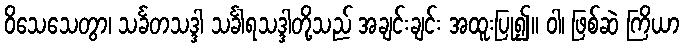
ဝိသေသေတွာ၊ သင်္ခတသဒ္ဒါ သင်္ခါရသဒ္ဒါတို့သည် အချင်းချင်း အထူးပြု၍။ ဝါ၊ ဖြစ်ဆဲ ကြိယာ